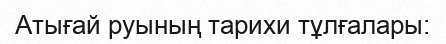
Атығай руының тарихи тұлғалары: